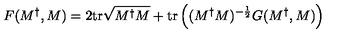
F ( M ^ { \dag } , M ) = 2 \mathrm { t r } \sqrt { M ^ { \dag } M } + \mathrm { t r } \left( ( M ^ { \dag } M ) ^ { - { \frac { 1 } { 2 } } } G ( M ^ { \dag } , M ) \right)